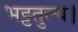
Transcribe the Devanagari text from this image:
भट्टतुल्य।